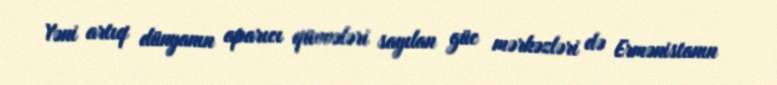
Yəni artıq dünyanın aparıcı qüvvələri sayılan güc mərkəzləri də Ermənistanın